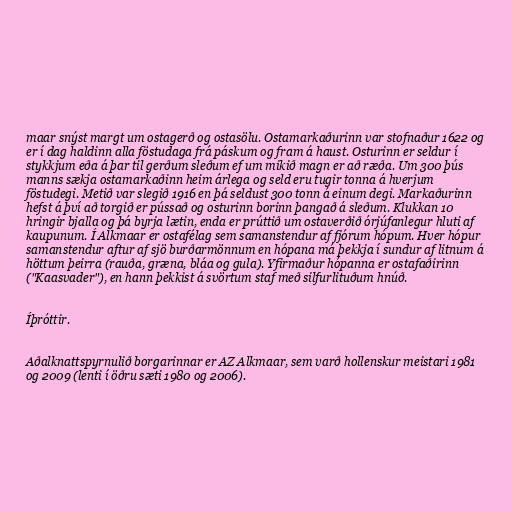
maar snýst margt um ostagerð og ostasölu. Ostamarkaðurinn var stofnaður 1622 og
er í dag haldinn alla föstudaga frá páskum og fram á haust. Osturinn er seldur í
stykkjum eða á þar til gerðum sleðum ef um mikið magn er að ræða. Um 300 þús
manns sækja ostamarkaðinn heim árlega og seld eru tugir tonna á hverjum
föstudegi. Metið var slegið 1916 en þá seldust 300 tonn á einum degi. Markaðurinn
hefst á því að torgið er pússað og osturinn borinn þangað á sleðum. Klukkan 10
hringir bjalla og þá byrja lætin, enda er prúttið um ostaverðið órjúfanlegur hluti af
kaupunum. Í Alkmaar er ostafélag sem samanstendur af fjórum hópum. Hver hópur
samanstendur aftur af sjö burðarmönnum en hópana má þekkja í sundur af litnum á
höttum þeirra (rauða, græna, bláa og gula). Yfirmaður hópanna er ostafaðirinn
("Kaasvader"), en hann þekkist á svörtum staf með silfurlituðum hnúð.

Íþróttir.

Aðalknattspyrnulið borgarinnar er AZ Alkmaar, sem varð hollenskur meistari 1981
og 2009 (lenti í öðru sæti 1980 og 2006).